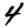
Digit: 4